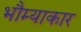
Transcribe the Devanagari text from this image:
भौम्याकार